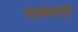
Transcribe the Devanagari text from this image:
संपर्कप्रमुख